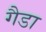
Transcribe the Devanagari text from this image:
गैडा